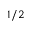
1 / 2